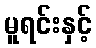
မူရင်းနှင့်